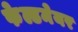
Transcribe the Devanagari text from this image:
फेल्डमेयर